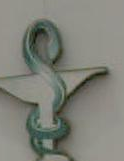
-